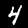
Digit: 4